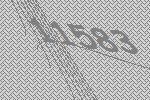
11583